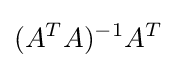
(A^{T}A)^{-1}A^{T}